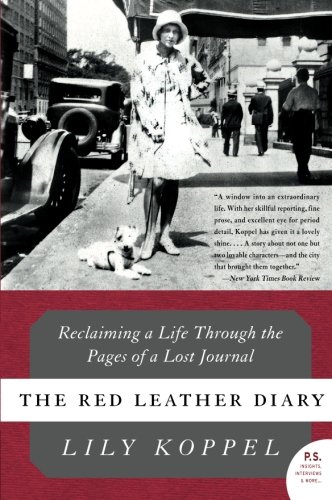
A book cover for The Red Leather Diary: Reclaiming a Life Through the Pages of a Lost Journal (P.S.); Lily Koppel; Biographies & Memoirs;